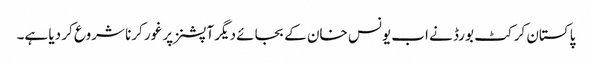
پاکستان کرکٹ بورڈ نے اب یونس خان کے بجائے دیگر آپشنز پر غور کرنا شروع کر دیا ہے۔